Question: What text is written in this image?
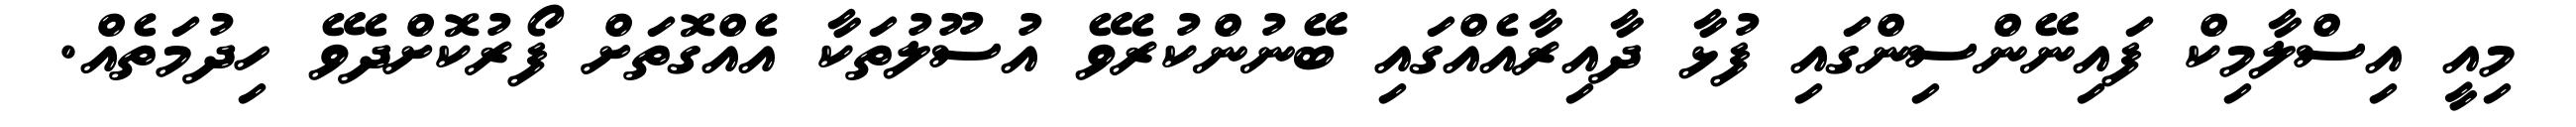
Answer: މިއީ އިސްލާމިކް ފައިނޭންސިންގައި ފުޅާ ދާއިރާއެއްގައި ބޭނުންކުރެވޭ އުސޫލުތަކާ އެއްގޮތަށް ފޯރުކޮށްދެވޭ ހިދުމަތެއް.